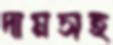
দামসহ